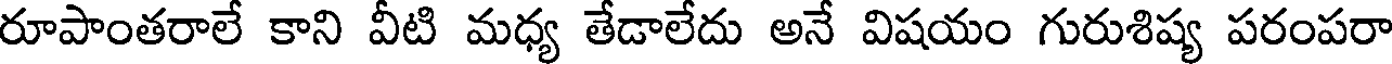
రూపాంతరాలే కాని వీటి మధ్య తేడాలేదు అనే విషయం గురుశిష్య పరంపరా